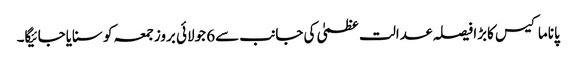
پاناما کیس کابڑا فیصلہ عدالت عظمیٰ کی جانب سے6 جولائی بروزجمعہ کو سنایاجائیگا۔